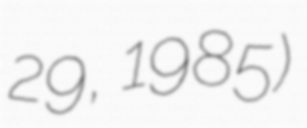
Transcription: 29, 1985)